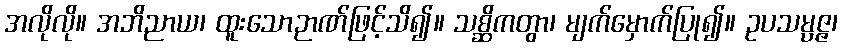
အလိုလို။ အဘိညာယ၊ ထူးသောဉာဏ်ဖြင့်သိ၍။ သစ္ဆိကတွာ၊ မျက်မှောက်ပြု၍။ ဥပသမ္ပဇ္ဇ၊